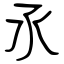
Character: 氶